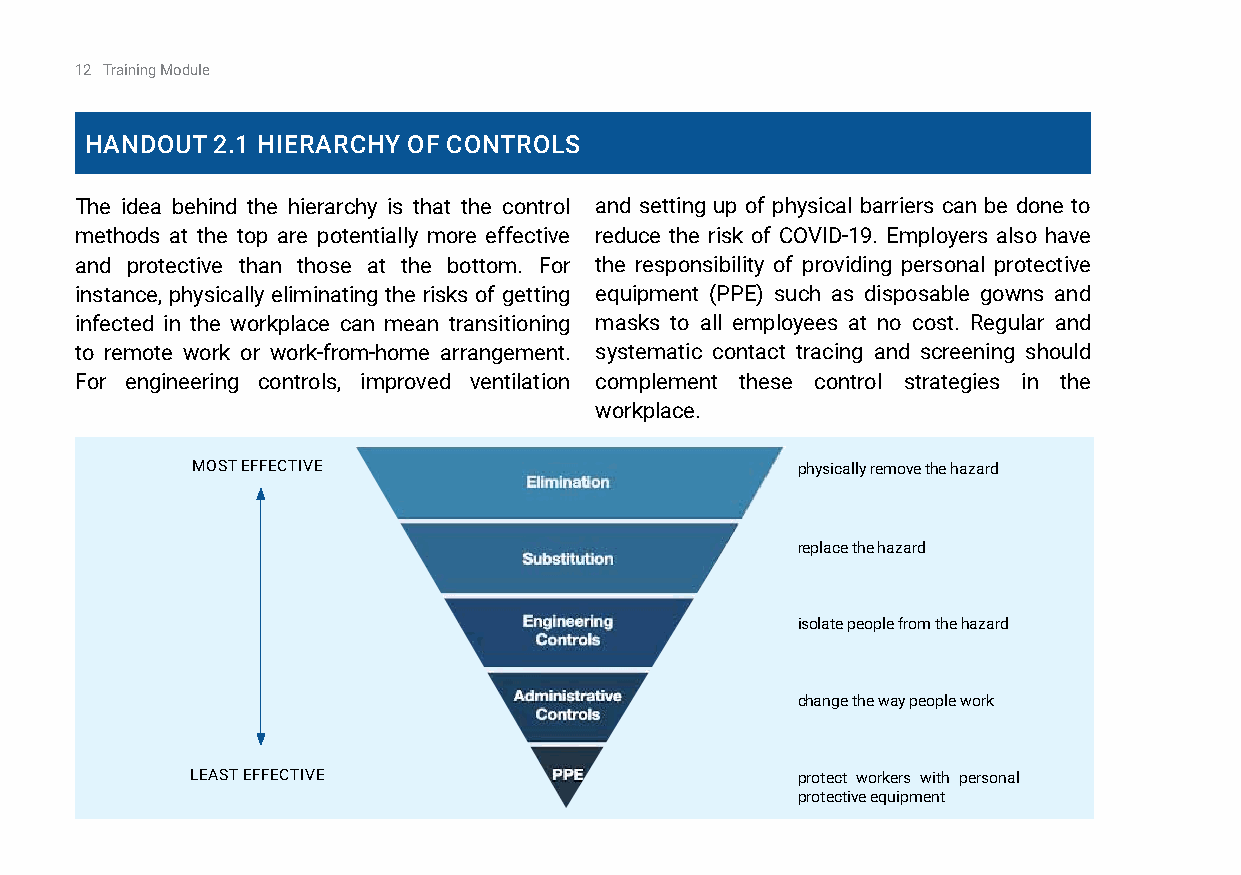
12 Training Module
 HandOuT 2.1 HiErarCHy Of COnTrOlS
 The idea behind the hierarchy is that the control and setting up of physical barriers can be done to
 methods at the top are potentially more effective reduce the risk of COVID-19. Employers also have
 and protective than those at the bottom. For the responsibility of providing personal protective
 instance, physically eliminating the risks of getting equipment (PPE) such as disposable gowns and
 infected in the workplace can mean transitioning masks to all employees at no cost. Regular and
 to remote work or work-from-home arrangement. systematic contact tracing and screening should
 For engineering controls, improved ventilation complement these control strategies in the
 workplace.
 MOST EFFECTIVE                          physically remove the hazard
 replace the hazard
 isolate people from the hazard
 change the way people work
 LEAST EFFECTIVE                         protect workers with personal
 protective equipment